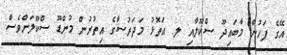
އޭގެ ފަހުން މާބައިދޫ ސްކޫލާއި ލ. އަތޮޅު މަދަރުސާގެ އިތުރުން މުންޑޫ ސްކޫލަށްވެސް